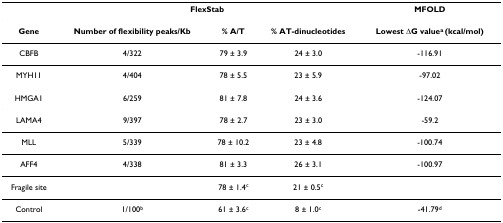
|  | <COLSPAN=3> FlexStab | MFOLD |
 | --- | --- | --- | --- | --- |
 | Gene | Number of flexibility peaks/Kb | % A/T | % AT-dinucleotides | Lowest ΔG valuea (kcal/mol) |
 | CBFB | 4/322 | 79 ± 3.9 | 24 ± 3.0 | -116.91 |
 | MYH11 | 4/404 | 78 ± 5.5 | 23 ± 5.9 | -97.02 |
 | HMGA1 | 6/259 | 81 ± 7.8 | 24 ± 3.6 | -124.07 |
 | LAMA4 | 9/397 | 78 ± 2.7 | 23 ± 3.0 | -59.2 |
 | MLL | 5/339 | 78 ± 10.2 | 23 ± 4.8 | -100.74 |
 | AFF4 | 4/338 | 81 ± 3.3 | 26 ± 3.1 | -100.97 |
 | Fragile site |  | 78 ± 1.4c | 21 ± 0.5c |  |
 | Control | 1/100b | 61 ± 3.6c | 8 ± 1.0c | -41.79d |